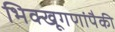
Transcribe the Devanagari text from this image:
भिक्खूगणांपैकी